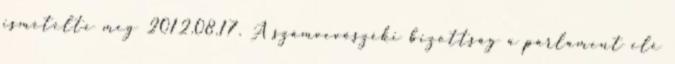
ismételte meg 2012.08.17. A számvevőszéki bizottság a parlament elé